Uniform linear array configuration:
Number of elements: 8
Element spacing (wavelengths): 0.5
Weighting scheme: hann
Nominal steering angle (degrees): -30
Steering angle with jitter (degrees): -29.145
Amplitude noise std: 0.05
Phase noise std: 0.05

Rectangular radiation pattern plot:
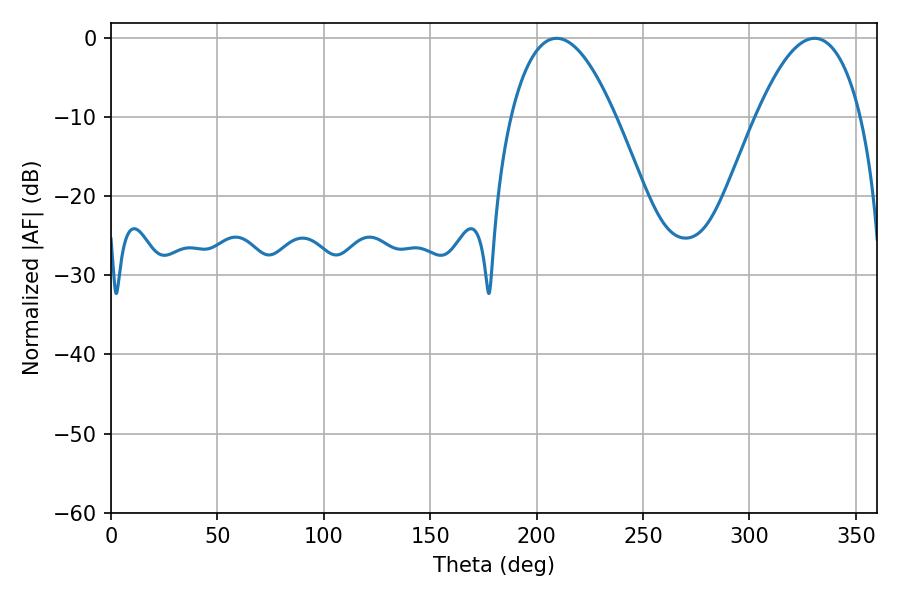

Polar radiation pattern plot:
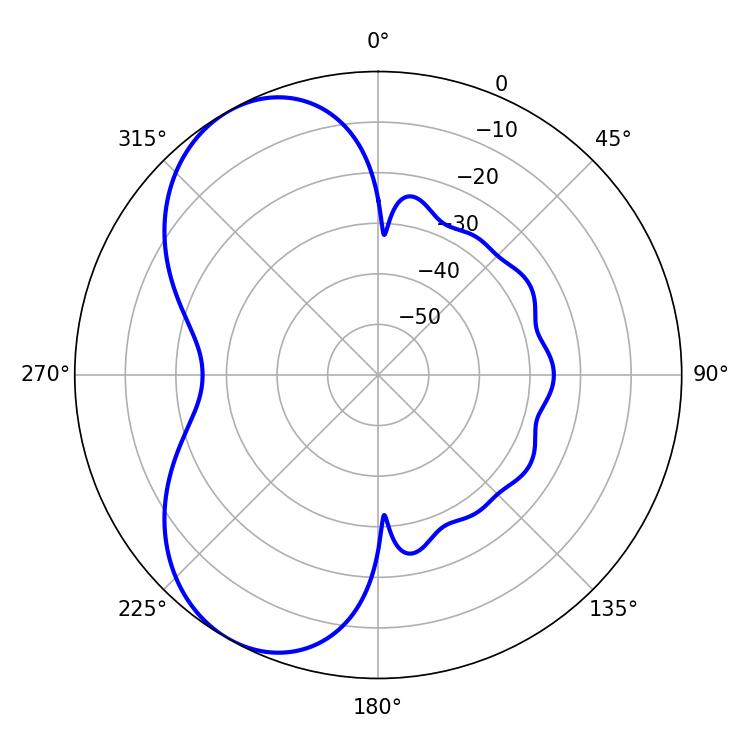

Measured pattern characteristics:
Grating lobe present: FALSE
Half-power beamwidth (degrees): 27.18
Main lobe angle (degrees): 209.34